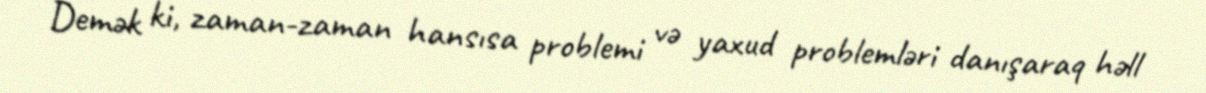
Demək ki, zaman-zaman hansısa problemi və yaxud problemləri danışaraq həll